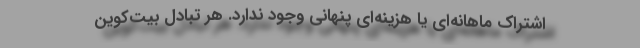
اشتراک ماهانه‌ای یا هزینه‌ای پنهانی وجود ندارد. هر تبادل بیت‌کوین